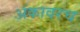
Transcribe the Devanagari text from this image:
अंकावरच